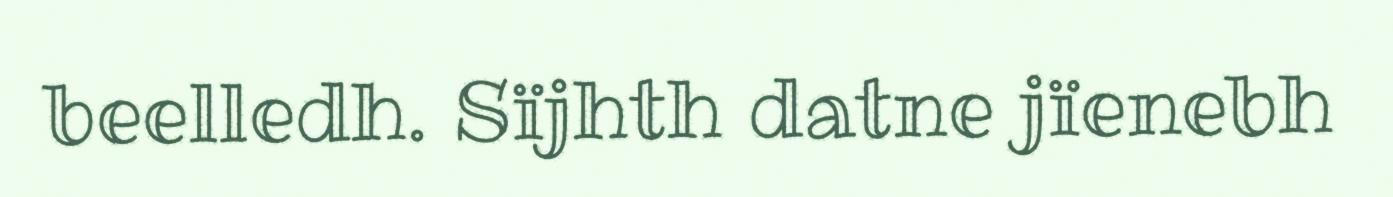
beelledh. Sïjhth datne jïenebh